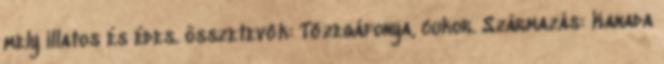
mely illatos és édes. összetevők: Tőzegáfonya, cukor. Származás: Kanada